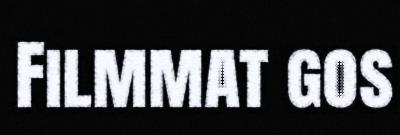
Filmmat gos